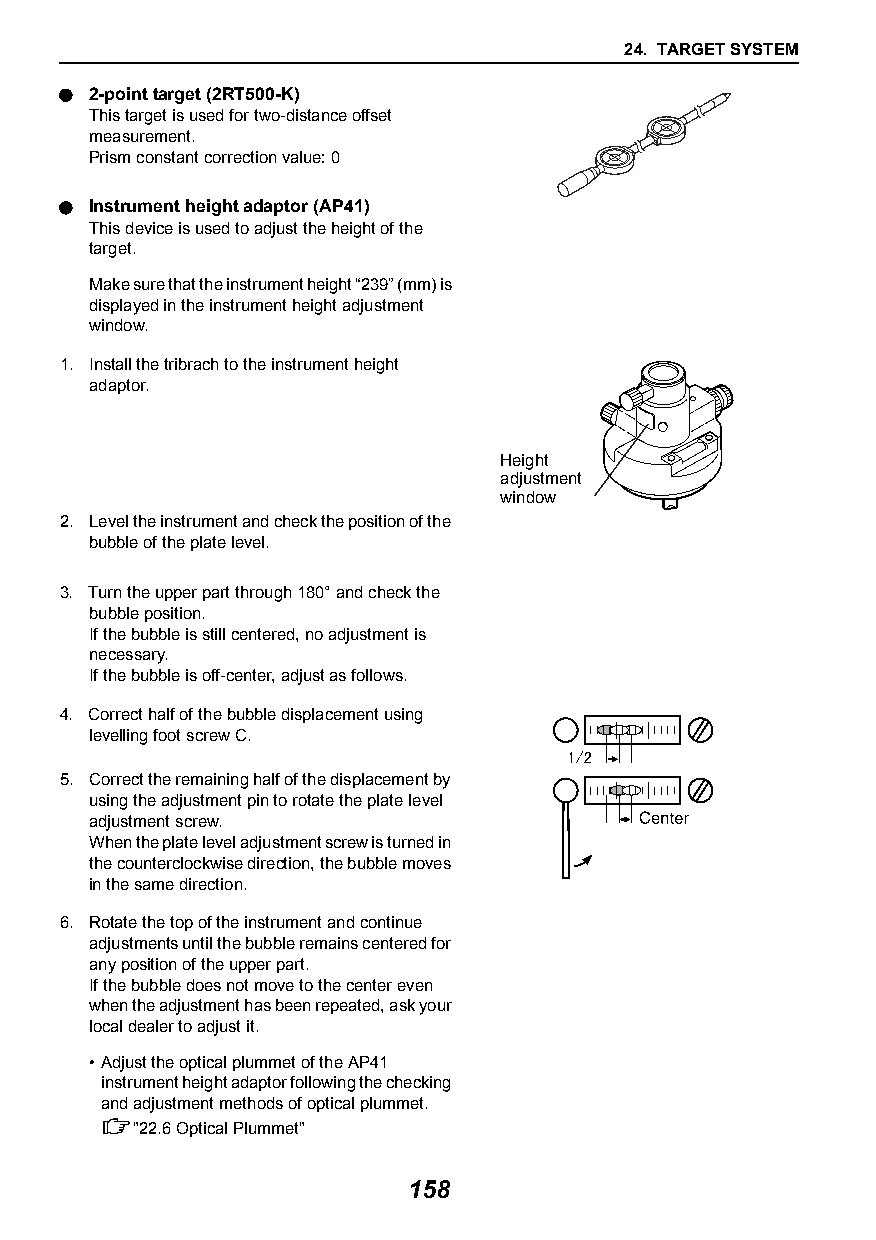
24. TARGET SYSTEM
  2-point target (2RT500-K)
 This target is used for two-distance offset
 measurement.
 Prism constant correction value: 0
  Instrument height adaptor (AP41)
 This device is used to adjust the height of the
 target.
 Make sure that the instrument height “239” (mm) is
 displayed in the instrument height adjustment
 window.
 1. Install the tribrach to the instrument height
 adaptor.
 Height
 adjustment
 window
 2. Level the instrument and check the position of the
 bubble of the plate level.
 3. Turn the upper part through 180° and check the
 bubble position.
 If the bubble is still centered, no adjustment is
 necessary.
 If the bubble is off-center, adjust as follows.
 4. Correct half of the bubble displacement using
 levelling foot screw C.
 5. Correct the remaining half of the displacement by
 using the adjustment pin to rotate the plate level
 adjustment screw.
 When the plate level adjustment screw is turned in
 the counterclockwise direction, the bubble moves
 in the same direction.
 6. Rotate the top of the instrument and continue
 adjustments until the bubble remains centered for
 any position of the upper part.
 If the bubble does not move to the center even
 when the adjustment has been repeated, ask your
 local dealer to adjust it.
 •Adjust the optical plummet of the AP41
 instrument height adaptor following the checking
 and adjustment methods of optical plummet.
 "22.6Optical Plummet"
 158